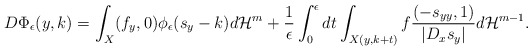
\begin{align*}D\Phi_\epsilon(y,k) = \int_X (f_y,0) \phi_\epsilon(s_y-k) d{\mathcal H}^m +\frac{1}{\epsilon} \int_0^\epsilon dt \int_{X(y,k+t)} f \frac{(-s_{yy},1)}{|D_x s_y|} d{\mathcal H}^{m-1}.\end{align*}